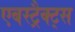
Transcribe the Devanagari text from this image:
एबस्ट्रैक्ट्स